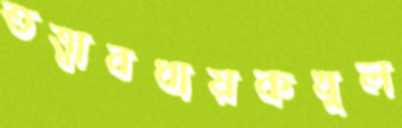
তত্ত্বাবধায়কখুল